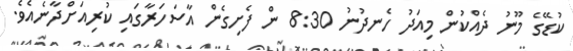
ކުޑޭގެ މޫނު ދެއްކުން މިއަދު ހެނދުނު 8:30 ން ފެށިގެން އާސަހަރާގައި ކުރިއަށްދާނެއެވެ.